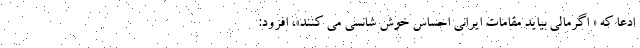
ادعا که « اگرمالی بیاید مقامات ایرانی احساس خوش شانسی می کنند»، افزود: